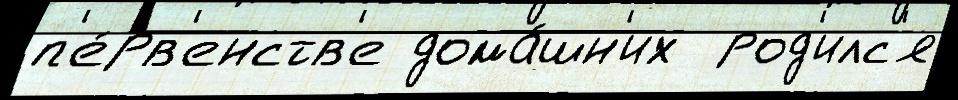
п'е́рв'енств'е дома́шн'их  род'илс'я